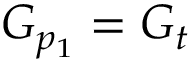
G _ { p _ { 1 } } = G _ { t }